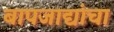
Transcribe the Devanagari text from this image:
बापजाद्यांचा